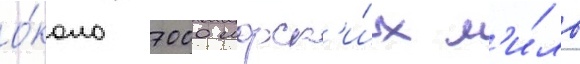
о́коло 7000 морск'и́х м'и́ль